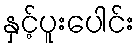
နှင့်ပူးပေါင်း